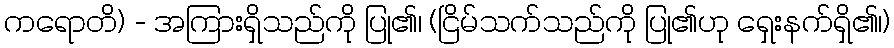
ကရောတိ) - အကြားရှိသည်ကို ပြု၏၊ (ငြိမ်သက်သည်ကို ပြု၏ဟု ရှေးနက်ရှိ၏၊)